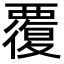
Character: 覆